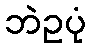
ဘဲဥပုံ